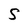
Character: S